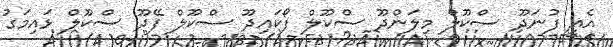
އެއީ ފުނަދޫ ސްކޫލް މިލަންދޫ ސްކޫލް ފޯކައިދޫ ސްކޫލް ފޭދޫ ސްކޫލް ޅައިމަގު